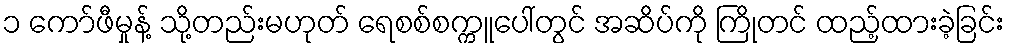
၁ ကော်ဖီမှုန့် သို့တည်းမဟုတ် ရေစစ်စက္ကူပေါ်တွင် အဆိပ်ကို ကြိုတင် ထည့်ထားခဲ့ခြင်း